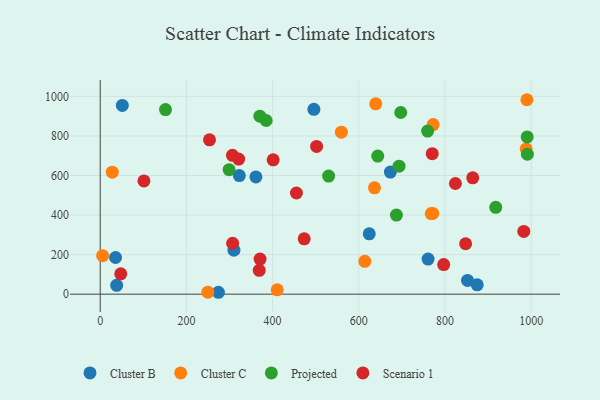
{"axis": {"x": "Price", "y": "Salary"}, "legend": ["Cluster B", "Cluster C", "Projected", "Scenario 1"], "data": [{"x": "38.2", "y": 44.5, "type": "Cluster B"}, {"x": "51.3", "y": 954.3, "type": "Cluster B"}, {"x": "35.6", "y": 185.5, "type": "Cluster B"}, {"x": "760.8", "y": 177.6, "type": "Cluster B"}, {"x": "624.3", "y": 305.2, "type": "Cluster B"}, {"x": "673.3", "y": 617.4, "type": "Cluster B"}, {"x": "322.8", "y": 599.4, "type": "Cluster B"}, {"x": "852.3", "y": 69.3, "type": "Cluster B"}, {"x": "310.3", "y": 222.6, "type": "Cluster B"}, {"x": "361.3", "y": 592.7, "type": "Cluster B"}, {"x": "874.8", "y": 47.2, "type": "Cluster B"}, {"x": "274.3", "y": 9.6, "type": "Cluster B"}, {"x": "495.8", "y": 934.6, "type": "Cluster B"}, {"x": "5.6", "y": 194.4, "type": "Cluster C"}, {"x": "636.5", "y": 537.7, "type": "Cluster C"}, {"x": "559.6", "y": 818.8, "type": "Cluster C"}, {"x": "772.5", "y": 857.1, "type": "Cluster C"}, {"x": "249.8", "y": 10.2, "type": "Cluster C"}, {"x": "614.0", "y": 165.9, "type": "Cluster C"}, {"x": "771.6", "y": 408.1, "type": "Cluster C"}, {"x": "990.1", "y": 982.9, "type": "Cluster C"}, {"x": "988.4", "y": 734.1, "type": "Cluster C"}, {"x": "768.2", "y": 407.5, "type": "Cluster C"}, {"x": "28.0", "y": 616.8, "type": "Cluster C"}, {"x": "639.4", "y": 962.3, "type": "Cluster C"}, {"x": "410.7", "y": 21.8, "type": "Cluster C"}, {"x": "370.5", "y": 899.5, "type": "Projected"}, {"x": "759.7", "y": 824.4, "type": "Projected"}, {"x": "990.7", "y": 794.9, "type": "Projected"}, {"x": "917.8", "y": 439.0, "type": "Projected"}, {"x": "151.5", "y": 933.3, "type": "Projected"}, {"x": "299.1", "y": 629.5, "type": "Projected"}, {"x": "530.0", "y": 597.0, "type": "Projected"}, {"x": "693.4", "y": 647.2, "type": "Projected"}, {"x": "687.3", "y": 399.7, "type": "Projected"}, {"x": "644.0", "y": 698.3, "type": "Projected"}, {"x": "991.2", "y": 707.4, "type": "Projected"}, {"x": "697.3", "y": 918.4, "type": "Projected"}, {"x": "385.1", "y": 878.0, "type": "Projected"}, {"x": "502.1", "y": 746.9, "type": "Scenario 1"}, {"x": "369.0", "y": 120.5, "type": "Scenario 1"}, {"x": "847.9", "y": 254.8, "type": "Scenario 1"}, {"x": "321.3", "y": 682.9, "type": "Scenario 1"}, {"x": "797.0", "y": 149.5, "type": "Scenario 1"}, {"x": "473.3", "y": 279.6, "type": "Scenario 1"}, {"x": "306.9", "y": 701.8, "type": "Scenario 1"}, {"x": "253.6", "y": 780.3, "type": "Scenario 1"}, {"x": "47.6", "y": 102.9, "type": "Scenario 1"}, {"x": "401.3", "y": 678.9, "type": "Scenario 1"}, {"x": "370.9", "y": 177.6, "type": "Scenario 1"}, {"x": "824.2", "y": 559.4, "type": "Scenario 1"}, {"x": "307.3", "y": 257.5, "type": "Scenario 1"}, {"x": "101.5", "y": 572.2, "type": "Scenario 1"}, {"x": "455.3", "y": 511.4, "type": "Scenario 1"}, {"x": "864.4", "y": 588.2, "type": "Scenario 1"}, {"x": "770.4", "y": 710.4, "type": "Scenario 1"}, {"x": "982.9", "y": 317.2, "type": "Scenario 1"}]}